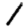
Digit: 1